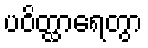
ပဝိတ္ထာရေတွာ